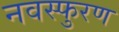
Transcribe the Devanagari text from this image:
नवस्फुरण